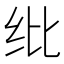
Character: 纰